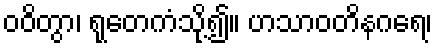
ဝဝိတွာ၊ ရုတေကံသို့၍။ ဟသာဝတိနဂရေ၊